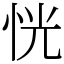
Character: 恍